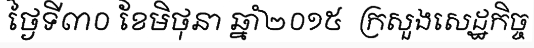
ថ្ងៃទី៣០ ខែមិថុនា ឆ្នាំ២០១៥  ក្រសួងសេដ្ឋកិច្ច